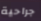
جراحية